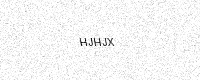
Text: HJHJX